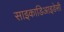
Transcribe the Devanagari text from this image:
साइकाडिआइडेसी